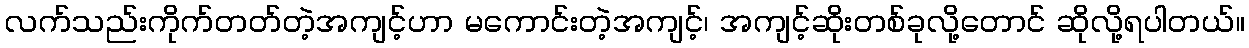
လက်သည်းကိုက်တတ်တဲ့အကျင့်ဟာ မကောင်းတဲ့အကျင့်၊ အကျင့်ဆိုးတစ်ခုလို့တောင် ဆိုလို့ရပါတယ်။